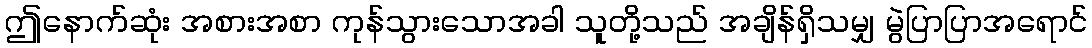
ဤနောက်ဆုံး အစားအစာ ကုန်သွားသောအခါ သူတို့သည် အချိန်ရှိသမျှ မွဲပြာပြာအရောင်